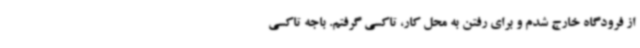
از فرودگاه خارج شدم و برای رفتن به محل کار، تاکسی گرفتم. باجه تاکسی